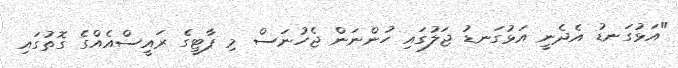
"އަޅުގަނޑު އެދެނީ އަޅުގަނޑު ޖަލުގައި ހުންނަން ޖެހުނަސް މި ޕާޓީގެ ރައީސްއެއްގެ ގޮތުގައި